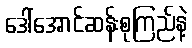
ဒေါ်အောင်ဆန်းစုကြည်နဲ့